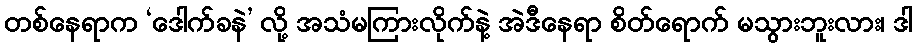
တစ်နေရာက ‘ဒေါက်ခနဲ’ လို့ အသံမကြားလိုက်နဲ့ အဲဒီနေရာ စိတ်ရောက် မသွားဘူးလား၊ ဒါ